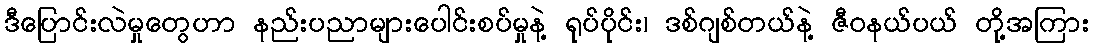
ဒီပြောင်းလဲမှုတွေဟာ နည်းပညာများပေါင်းစပ်မှုနဲ့ ရုပ်ပိုင်း၊ ဒစ်ဂျစ်တယ်နဲ့ ဇီဝနယ်ပယ် တို့အကြား